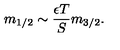
m _ { 1 / 2 } \sim \frac { \epsilon T } { S } m _ { 3 / 2 } .